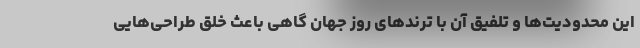
این محدودیت‌ها و تلفیق آن با ترندهای روز جهان گاهی باعث خلق طراحی‌هایی